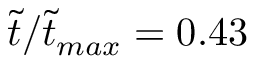
\tilde { t } / \tilde { t } _ { m a x } = 0 . 4 3